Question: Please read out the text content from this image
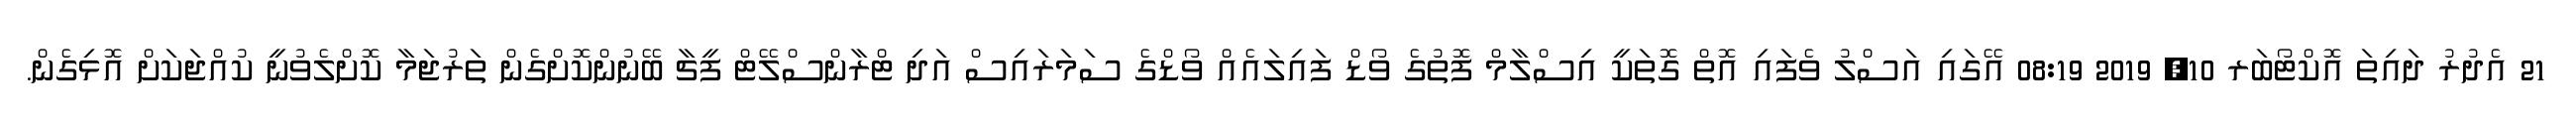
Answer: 21 އެދުރު ދައިތަ އޮކްޓޯބަރ 10, 2019 08:19 އޭގައި އަސްލު ވެފައި އޮތް ގޮތަކީ އިސްލާމް ފޮތުގެ ވޯޑް ފައިލައެއް ވޯޑްގެ ސަމަރައިސް އަދި ޓްރާންސްލޭޓް ފީޗާ ބޭނުންކޮށްގެން ތަރުޖަމާ ކޮށްލެވުނީ ކުއްޖަކަށް އޮޅިގެން.